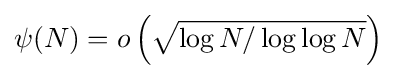
\psi (N)=o\left({\sqrt {\log N/\log \log N}}\right)